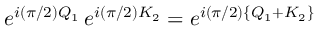
e ^ { i ( \pi / 2 ) Q _ { 1 } } \, e ^ { i ( \pi / 2 ) K _ { 2 } } = e ^ { i ( \pi / 2 ) \{ Q _ { 1 } + K _ { 2 } \} }